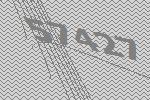
57427